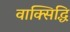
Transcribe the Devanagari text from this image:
वाक्सिद्धि